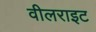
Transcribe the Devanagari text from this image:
वीलराइट